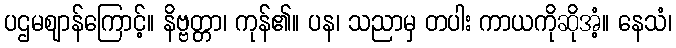
ပဌမဈာန်ကြောင့်။ နိဗ္ဗတ္တာ၊ ကုန်၏။ ပန၊ သညာမှ တပါး ကာယကိုဆိုအံ့။ နေသံ၊